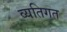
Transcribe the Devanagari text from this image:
व्‍यतिगत